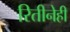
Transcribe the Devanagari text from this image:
रितीनेही